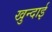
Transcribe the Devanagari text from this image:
खुन्दाई